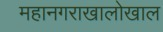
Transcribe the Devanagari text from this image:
महानगराखालोखाल